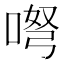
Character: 𱓕